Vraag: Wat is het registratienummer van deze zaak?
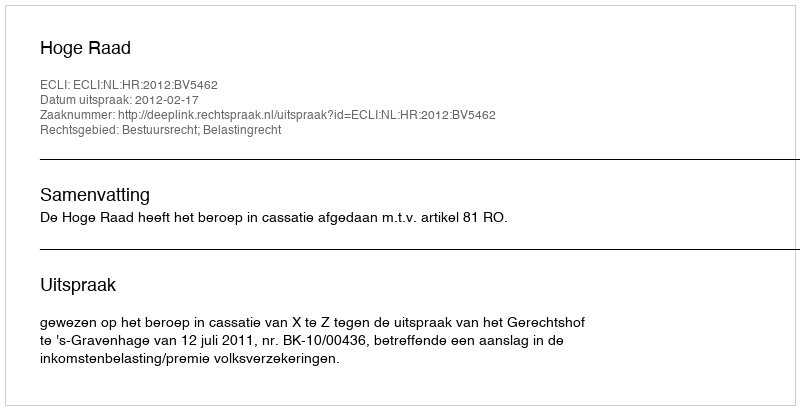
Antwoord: http://deeplink.rechtspraak.nl/uitspraak?id=ECLI:NL:HR:2012:BV5462